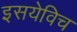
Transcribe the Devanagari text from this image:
इसयेविच